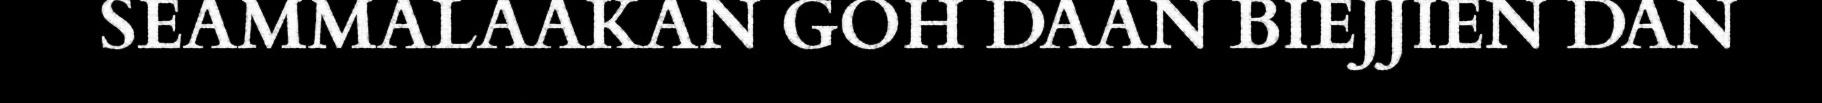
SEAMMALAAKAN GOH DAAN BIEJJIEN DAN